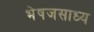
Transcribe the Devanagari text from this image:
भेषजसाध्य